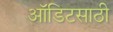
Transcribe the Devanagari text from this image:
ऑडिटसाठी